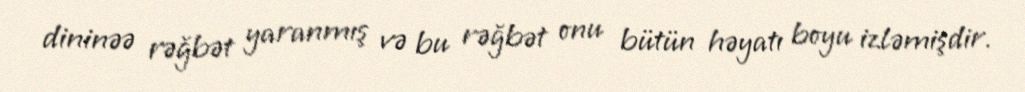
dininəə rəğbət yaranmış və bu rəğbət onu bütün həyatı boyu izləmişdir.